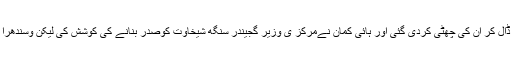
اس شکست کی ذمہ داری وسندھرا کے دست راست صوبائی صدراشوک پرنامی کے سر ڈال کر ان کی چھٹی کردی گئی اور ہائی کمان نےمرکز ی وزیر گجیندر سنگھ شیخاوت کوصدر بنانے کی کوشش کی لیکن وسندھرا راجے نے مودی اور شاہ کی تجویز کو مسترد کرکے مدن لال سینی ریاستی صدر بنادیا۔